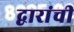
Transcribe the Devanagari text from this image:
द्वारांची